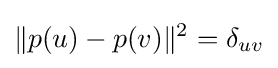
\|p(u)-p(v)\|^{2}=\delta _{uv}